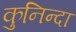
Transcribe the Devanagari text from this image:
कुनिन्दा